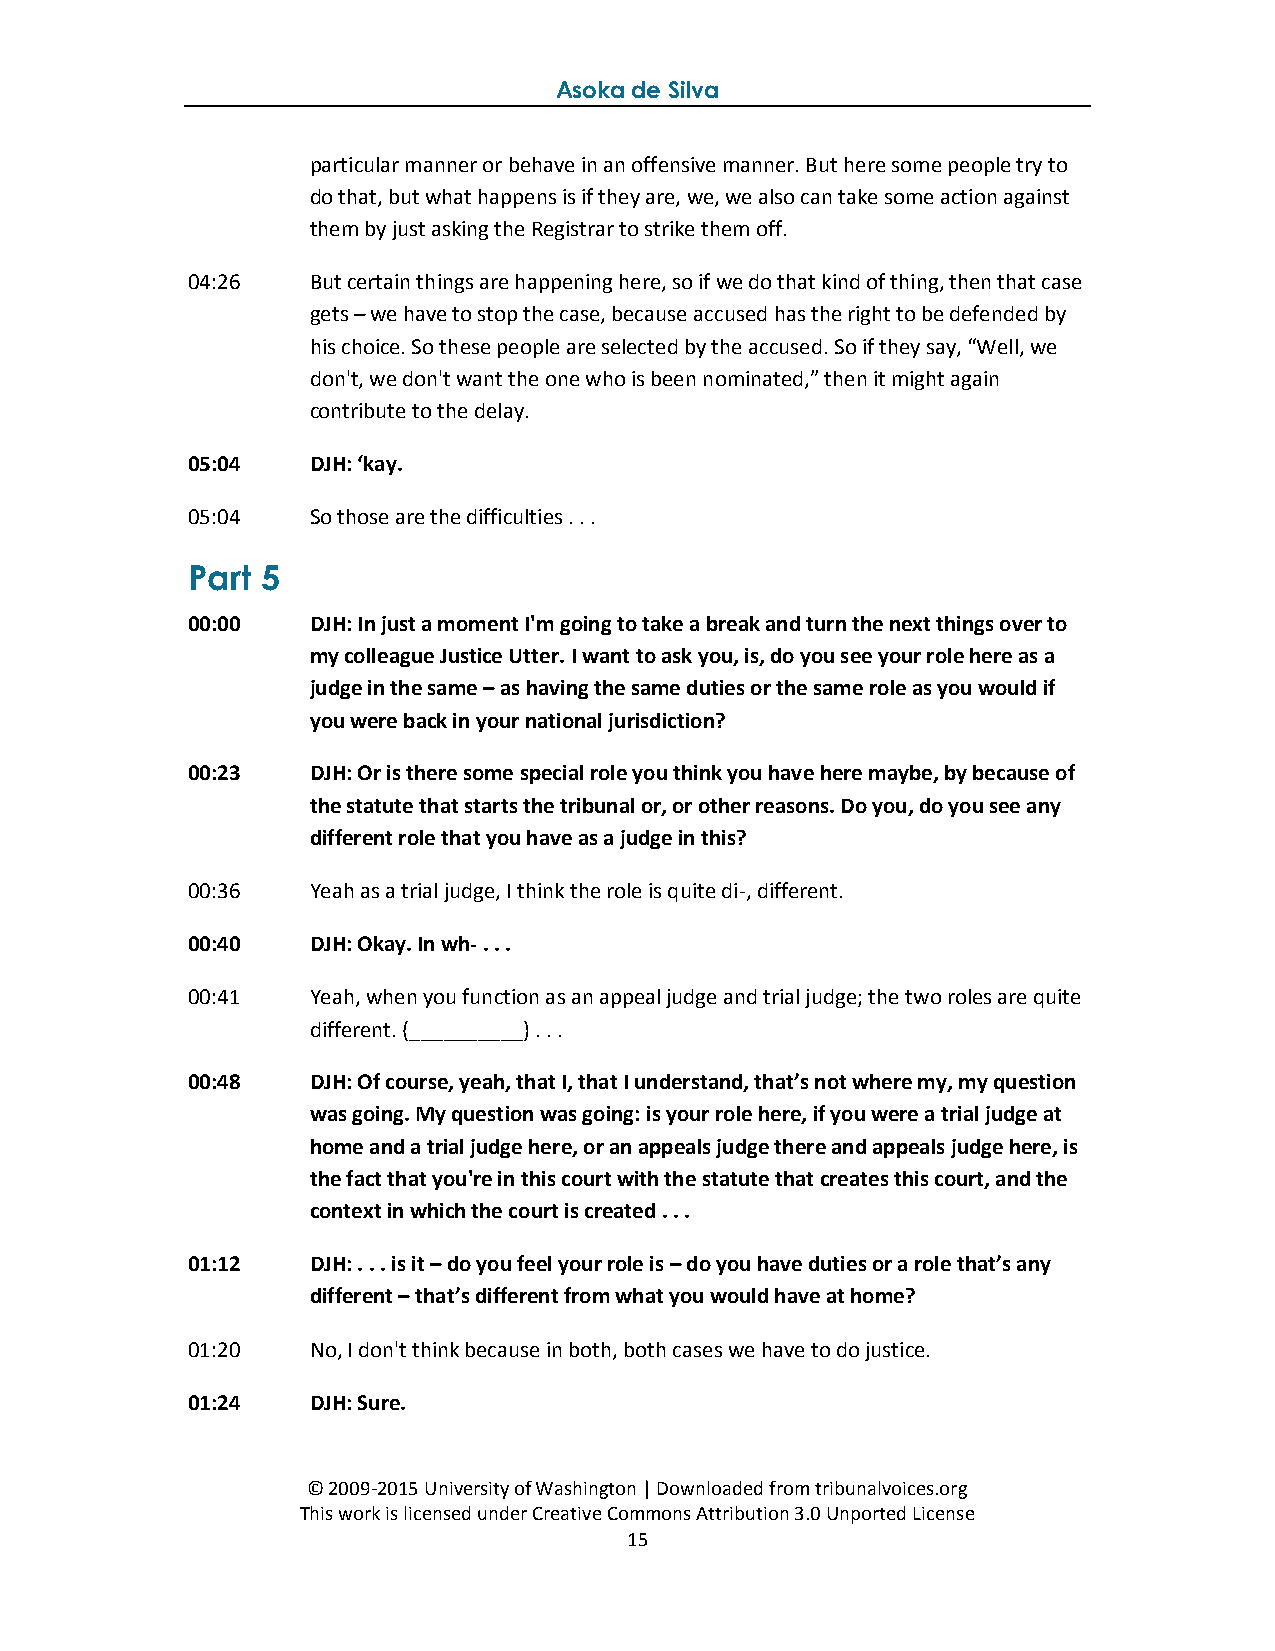
Asoka de Silva
 particular manner or behave in an offensive manner. But here some people try to
 do that, but what happens is if they are, we, we also can take some action against
 them by just asking the Registrar to strike them off.
 04:26   But certain things are happening here, so if we do that kind of thing, then that case
 gets – we have to stop the case, because accused has the right to be defended by
 his choice. So these people are selected by the accused. So if they say, “Well, we
 don't, we don't want the one who is been nominated,” then it might again
 contribute to the delay.
 05:04   DJH: ‘kay.
 05:04   So those are the difficulties . . .
 Part 5
 00:00   DJH: In just a moment I'm going to take a break and turn the next things over to
 my colleague Justice Utter. I want to ask you, is, do you see your role here as a
 judge in the same – as having the same duties or the same role as you would if
 you were back in your national jurisdiction?
 00:23   DJH: Or is there some special role you think you have here maybe, by because of
 the statute that starts the tribunal or, or other reasons. Do you, do you see any
 different role that you have as a judge in this?
 00:36   Yeah as a trial judge, I think the role is quite di-, different.
 00:40   DJH: Okay. In wh- . . .
 00:41   Yeah, when you function as an appeal judge and trial judge; the two roles are quite
 different. (__________) . . .
 00:48   DJH: Of course, yeah, that I, that I understand, that’s not where my, my question
 was going. My question was going: is your role here, if you were a trial judge at
 home and a trial judge here, or an appeals judge there and appeals judge here, is
 the fact that you're in this court with the statute that creates this court, and the
 context in which the court is created . . .
 01:12   DJH: . . . is it – do you feel your role is – do you have duties or a role that’s any
 different – that’s different from what you would have at home?
 01:20   No, I don't think because in both, both cases we have to do justice.
 01:24   DJH: Sure.
 © 2009-2015 University of Washington | Downloaded from tribunalvoices.org
 This work is licensed under Creative Commons Attribution 3.0 Unported License
 15